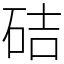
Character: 硈